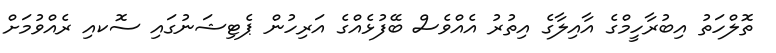
ތޮލްހަތު އިބުރާހީމްގެ އާއިލާގެ އިތުރު އެއްވެސް ބޭފުޅެއްގެ އަރިހުން ޕެޓިޝަނުގައި ސޮކއި ރެއްވުމަށް